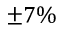
\pm 7 \%